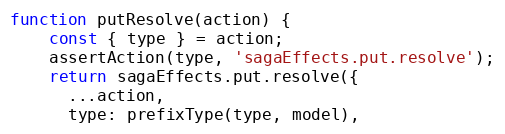
Language: JavaScript
function putResolve(action) {
    const { type } = action;
    assertAction(type, 'sagaEffects.put.resolve');
    return sagaEffects.put.resolve({
      ...action,
      type: prefixType(type, model),